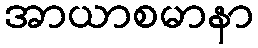
အာယာစမာနာ